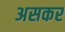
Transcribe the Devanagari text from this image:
असकर